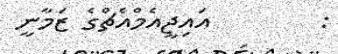
:        އައިޖީއެމްއެޗްގެ ޒަމާނީ